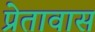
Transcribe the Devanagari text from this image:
प्रेतावास